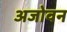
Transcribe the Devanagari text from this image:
अजोवन